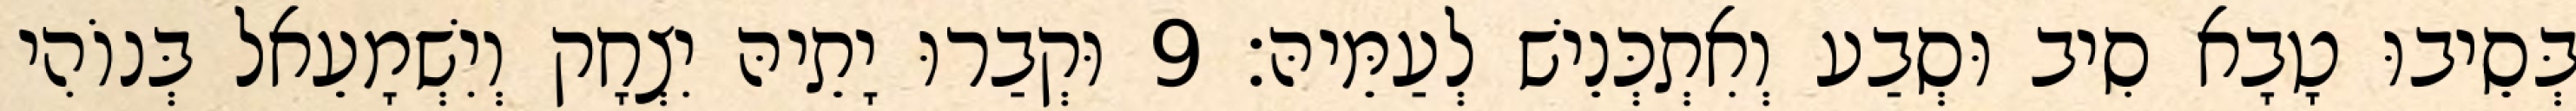
בְּסֵיבוּ טָבָא סִיב וּסְבַע וְאִתְכְּנֵישׁ לְעַמֵּיהּ׃ 9 וּקְבַרוּ יָתֵיהּ יִצְחָק וְיִשְׁמָעֵאל בְּנוֹהִי